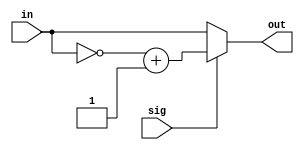
module TWOS16(input [15:0] in, input sig, output [15:0] out);
	assign out = sig == 1 ? ~in + 1 : in;
endmodule

/*
module TestBench;
	reg [15:0] A;
	output [15:0] O;
	reg s;

	TWOS16 a(A, s, O);

	initial begin
		A = 60;
		$monitor($time, , A, , O, , s);
		#0 s = 0;
		#1 s = 1;
	end
endmodule
*/